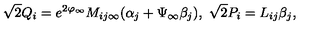
\sqrt { 2 } Q _ { i } = e ^ { 2 \varphi _ { \infty } } M _ { i j \infty } ( \alpha _ { j } + \Psi _ { \infty } \beta _ { j } ) , \ \sqrt { 2 } P _ { i } = L _ { i j } { \beta } _ { j } ,